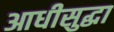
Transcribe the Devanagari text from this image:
आधीसुद्धा